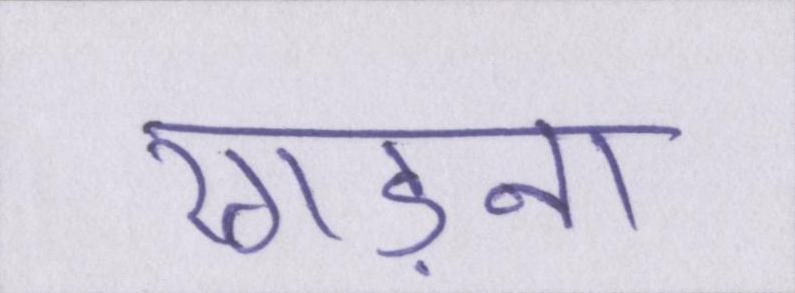
रगड़ना